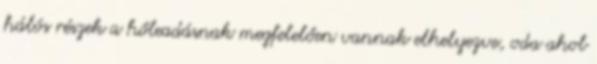
hálós részek a hőleadásnak megfelelően vannak elhelyezve, oda ahol